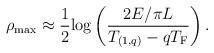
LaTeX: \begin{align*}\rho_{\rm max} \approx {1\over 2}{\log }\left({2E/\pi L \over T_{(1,q)}-qT_{\rm F}}\right) .\end{align*}